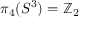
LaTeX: \pi _ { 4 } ( S ^ { 3 } ) = \mathbb { Z } _ { 2 }